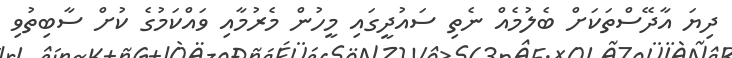
ދިޔަ އާދޭސްތަކަށް ބެލުމެއް ނެތި ސައުދީގައި މީހުން މެރުމާއި ވައްކަމުގެ ކުށް ސާބިތުވި